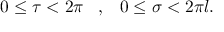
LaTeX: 0 \leq \tau < 2 \pi \; \; \; , \; \; \; 0 \leq \sigma < 2 \pi l .